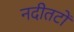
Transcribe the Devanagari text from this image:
नदीतटों